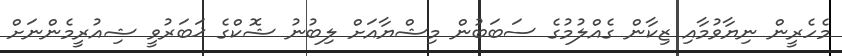
މެހެރީން ނިޔާވުމާއި ޒިކާން ގެއްލުމުގެ ސަބަބުން މިޝްޔާއަށް ލިބުނު ޝޮކްގެ ޚަބަރުވީ ޝިއުރީމެންނަށް